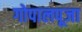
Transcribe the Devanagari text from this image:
गोपालपूजा